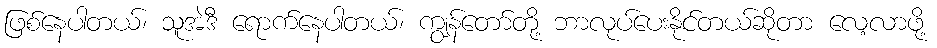
ဖြစ်နေပါတယ်၊ သူအဲဒီ ရောက်နေပါတယ်၊ ကျွန်တော်တို့ ဘာလုပ်ပေးနိုင်တယ်ဆိုတာ လေ့လာဖို့